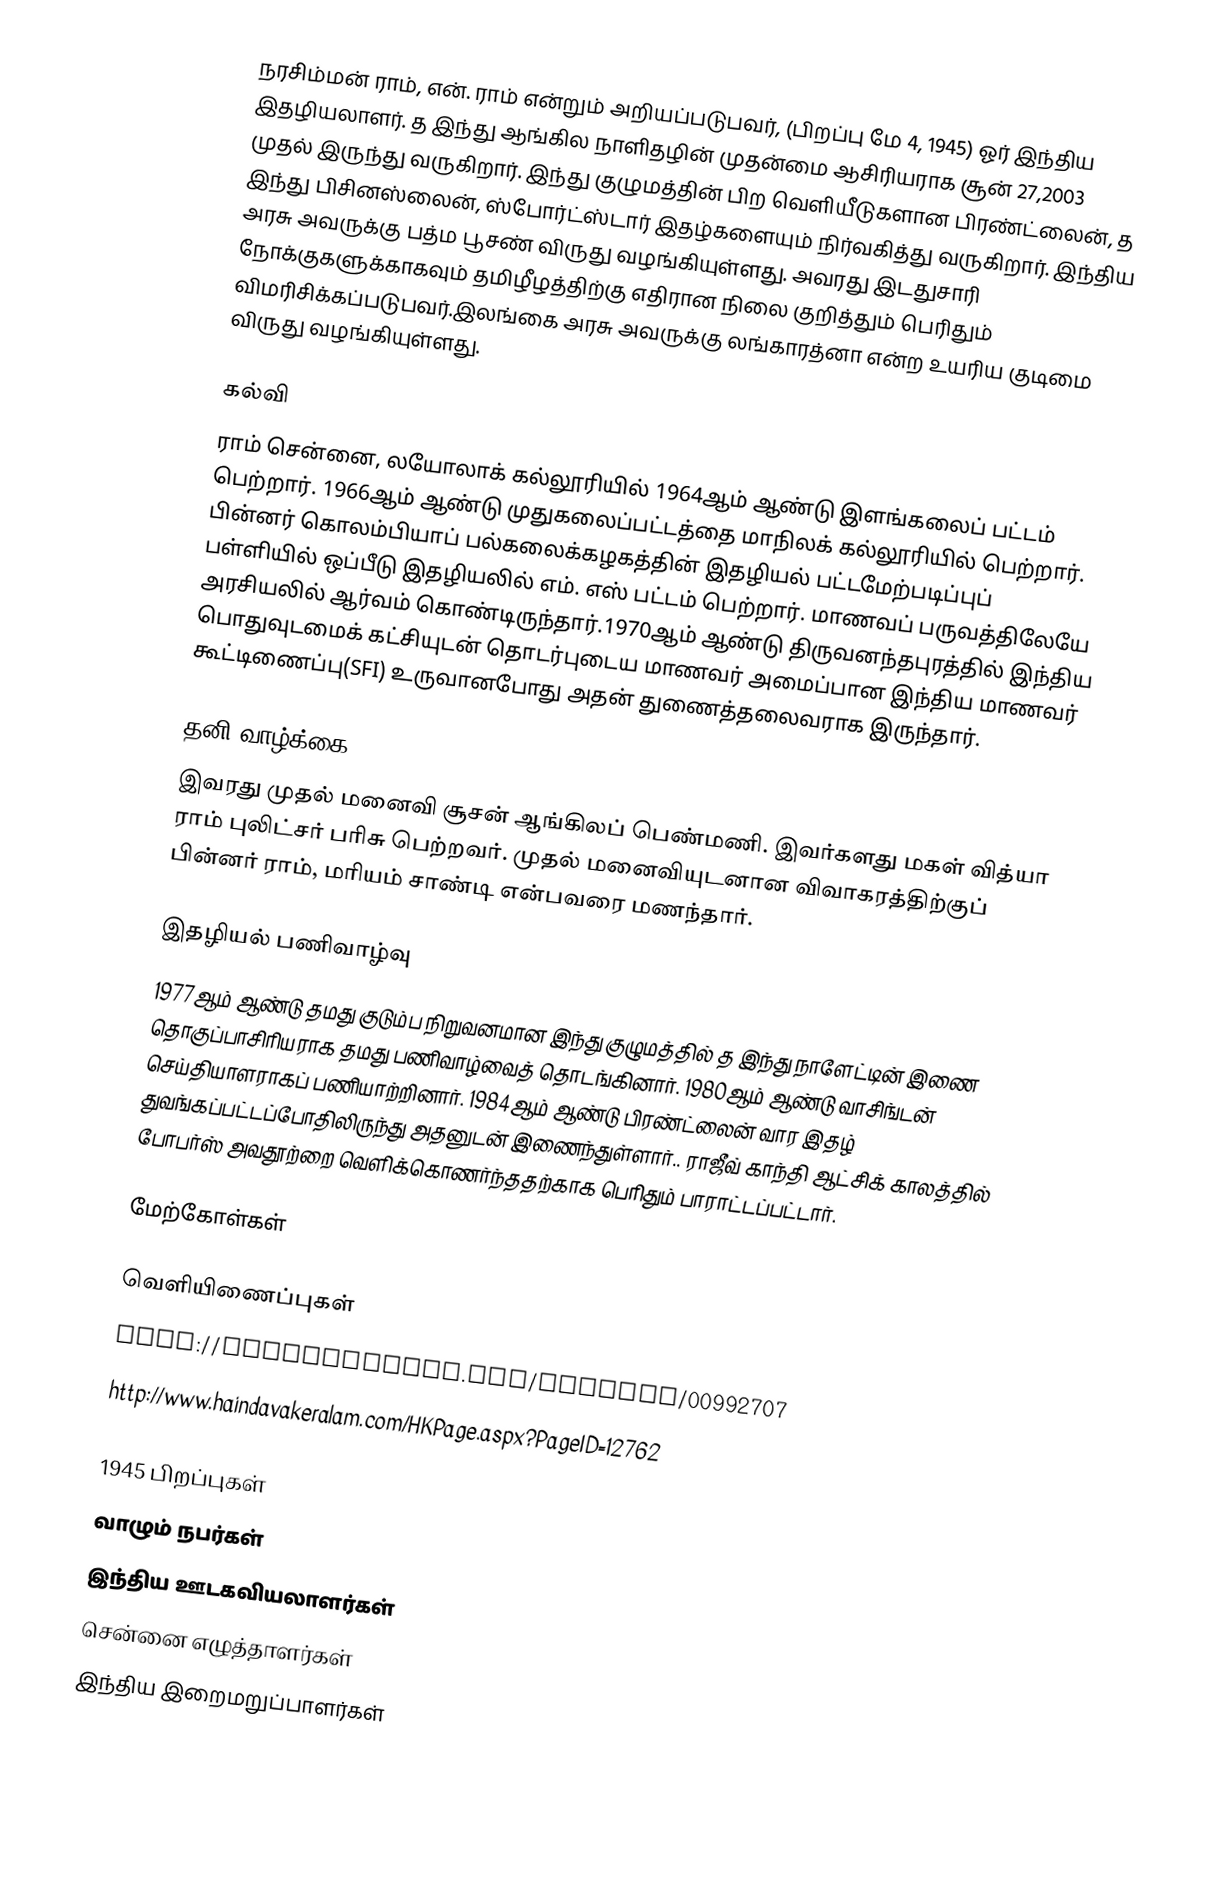
நரசிம்மன் ராம், என். ராம் என்றும் அறியப்படுபவர், (பிறப்பு மே 4, 1945) ஓர் இந்திய இதழியலாளர். த இந்து ஆங்கில நாளிதழின் முதன்மை ஆசிரியராக சூன் 27,2003 முதல் இருந்து வருகிறார். இந்து குழுமத்தின் பிற வெளியீடுகளான பிரண்ட்லைன், த இந்து பிசினஸ்லைன், ஸ்போர்ட்ஸ்டார் இதழ்களையும் நிர்வகித்து வருகிறார். இந்திய அரசு அவருக்கு பத்ம பூசண் விருது வழங்கியுள்ளது. அவரது இடதுசாரி நோக்குகளுக்காகவும் தமிழீழத்திற்கு எதிரான நிலை குறித்தும் பெரிதும் விமரிசிக்கப்படுபவர்.இலங்கை அரசு அவருக்கு லங்காரத்னா என்ற உயரிய குடிமை விருது வழங்கியுள்ளது.

கல்வி
ராம் சென்னை, லயோலாக் கல்லூரியில் 1964ஆம் ஆண்டு இளங்கலைப் பட்டம் பெற்றார். 1966ஆம் ஆண்டு முதுகலைப்பட்டத்தை மாநிலக் கல்லூரியில் பெற்றார். பின்னர் கொலம்பியாப் பல்கலைக்கழகத்தின் இதழியல் பட்டமேற்படிப்புப் பள்ளியில்  ஒப்பீடு இதழியலில் எம். எஸ் பட்டம் பெற்றார். மாணவப் பருவத்திலேயே அரசியலில் ஆர்வம் கொண்டிருந்தார்.1970ஆம் ஆண்டு திருவனந்தபுரத்தில் இந்திய பொதுவுடமைக் கட்சியுடன் தொடர்புடைய மாணவர் அமைப்பான இந்திய மாணவர் கூட்டிணைப்பு(SFI) உருவானபோது அதன்  துணைத்தலைவராக இருந்தார்.

தனி வாழ்க்கை
இவரது முதல் மனைவி சூசன் ஆங்கிலப் பெண்மணி. இவர்களது மகள் வித்யா ராம் புலிட்சர் பரிசு பெற்றவர். முதல் மனைவியுடனான விவாகரத்திற்குப் பின்னர் ராம், மரியம் சாண்டி என்பவரை மணந்தார்.

இதழியல் பணிவாழ்வு
1977ஆம் ஆண்டு தமது குடும்ப நிறுவனமான இந்து குழுமத்தில் த இந்து நாளேட்டின் இணை தொகுப்பாசிரியராக தமது பணிவாழ்வைத் தொடங்கினார். 1980ஆம் ஆண்டு வாசிங்டன் செய்தியாளராகப் பணியாற்றினார். 1984ஆம் ஆண்டு பிரண்ட்லைன் வார இதழ் துவங்கப்பட்டப்போதிலிருந்து அதனுடன் இணைந்துள்ளார்.. ராஜீவ் காந்தி ஆட்சிக் காலத்தில் போபர்ஸ் அவதூற்றை வெளிக்கொணர்ந்ததற்காக பெரிதும் பாராட்டப்பட்டார்.

மேற்கோள்கள்

வெளியிணைப்புகள்
 http://corporatedir.com/officer/00992707
 http://www.haindavakeralam.com/HKPage.aspx?PageID=12762

1945 பிறப்புகள்
வாழும் நபர்கள்
இந்திய ஊடகவியலாளர்கள்
சென்னை எழுத்தாளர்கள்
இந்திய இறைமறுப்பாளர்கள்